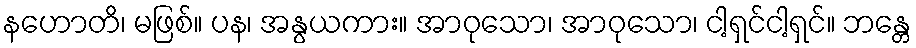
နဟောတိ၊ မဖြစ်။ ပန၊ အနွယကား။ အာဝုသော၊ အာဝုသော၊ ငါ့ရှင်ငါ့ရှင်။ ဘန္တေ